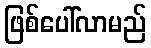
ဖြစ်ပေါ်လာမည်